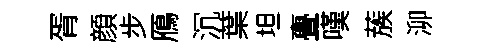
胥顔步鴈沉葉坦亹嘆蔟泖